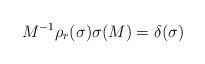
LaTeX: \begin{align*}M^{-1}\rho_r(\sigma)\sigma(M)=\delta(\sigma)\end{align*}